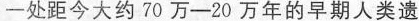
一处距今大约70万-20万年的早期人类遗